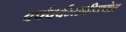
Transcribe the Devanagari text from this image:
वर्षपर्यन्तश्रीगणेश